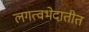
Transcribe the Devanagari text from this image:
लगत्वभेदातीत